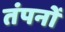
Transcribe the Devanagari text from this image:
तंपनों